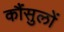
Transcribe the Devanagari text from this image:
कौंसुलों